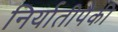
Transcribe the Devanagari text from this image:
निर्यातीपैकी